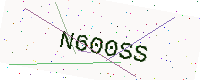
Text: N600SS